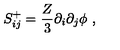
S _ { i j } ^ { + } = \frac { Z } { 3 } \partial _ { i } \partial _ { j } \phi \ ,